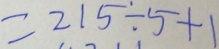
= 2 1 5 \div 5 + 1